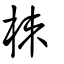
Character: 栜